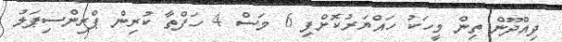
ދިއްދޫން ތިން މީހަކު ހައްޔަރުކޮށްފި 6 މަސް 4 ހަފްތާ ކުރިން ޕްރިންސިޕަލު